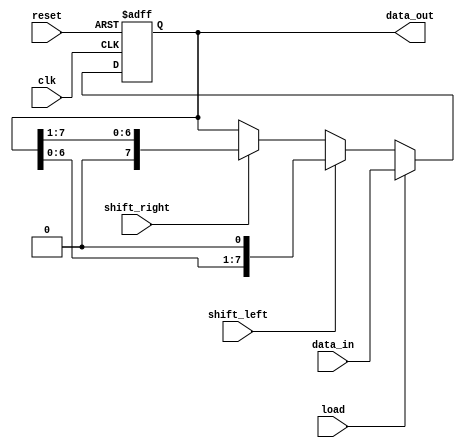
module universal_shift_register (
    input wire clk,
    input wire reset,
    input wire load,
    input wire shift_left,
    input wire shift_right,
    input wire [7:0] data_in,
    output reg [7:0] data_out
);

reg [7:0] shift_reg;

always @ (posedge clk or posedge reset) begin
    if (reset) begin
        shift_reg <= 8'h00;
    end else if (load) begin
        shift_reg <= data_in;
    end else if (shift_left) begin
        shift_reg <= {shift_reg[6:0], 1'b0};
    end else if (shift_right) begin
        shift_reg <= {1'b0, shift_reg[7:1]};
    end
end

assign data_out = shift_reg;

endmodule